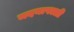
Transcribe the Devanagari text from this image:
मदनापल्ली